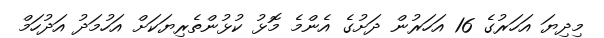
މިދިޔަ އަހަރުގެ 16 އަހަރުން ދަށުގެ އެންމެ މޮޅު ކުޅުންތެރިޔަކަށް އަހުމަދު އަދުހަމް